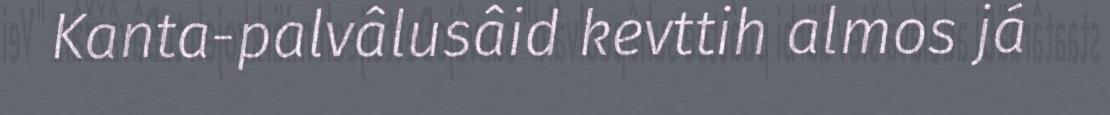
Kanta-palvâlusâid kevttih almos já